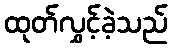
ထုတ်လွှင့်ခဲ့သည်